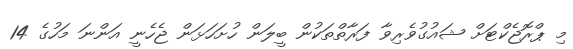
މި ޕްރޮޖެކްޓަށް ޝައުގުވެރިވާ ފަރާތްތަކުން ބީލަން ހުށަހަޅަން ޖެހެނީ އަންނަ މަހުގެ 14